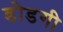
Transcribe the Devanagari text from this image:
डोडगी